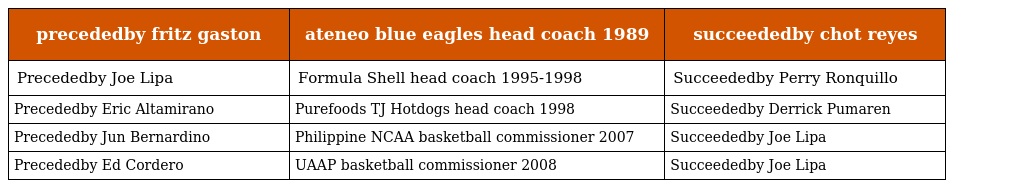
| precededby fritz gaston | ateneo blue eagles head coach 1989 | succeededby chot reyes |
 | --- | --- | --- |
 | Precededby Joe Lipa | Formula Shell head coach 1995-1998 | Succeededby Perry Ronquillo |
 | Precededby Eric Altamirano | Purefoods TJ Hotdogs head coach 1998 | Succeededby Derrick Pumaren |
 | Precededby Jun Bernardino | Philippine NCAA basketball commissioner 2007 | Succeededby Joe Lipa |
 | Precededby Ed Cordero | UAAP basketball commissioner 2008 | Succeededby Joe Lipa |